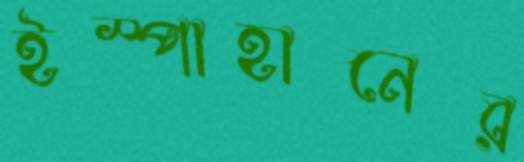
ইস্পাহানের